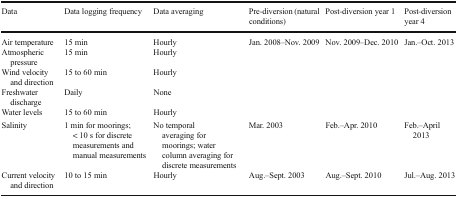
<table><thead><tr><td><b>Data</b></td><td><b>Data logging frequency</b></td><td><b>Data averaging</b></td><td><b>Pre-diversion (natural conditions)</b></td><td><b>Post-diversion year 1</b></td><td><b>Post-diversion year 4</b></td></tr></thead><tbody><tr><td>Air temperature</td><td>15 min</td><td>Hourly</td><td rowspan="5">Jan. 2008–Nov. 2009</td><td rowspan="5">Nov. 2009–Dec. 2010</td><td rowspan="5">Jan.–Oct. 2013</td></tr><tr><td>Atmospheric pressure</td><td>15 min</td><td>Hourly</td></tr><tr><td>Wind velocity and direction</td><td>15 to 60 min</td><td>Hourly</td></tr><tr><td>Freshwater discharge</td><td>Daily</td><td>None</td></tr><tr><td>Water levels</td><td>15 to 60 min</td><td>Hourly</td></tr><tr><td>Salinity</td><td>1 min for moorings; &lt; 10 s for discrete measurements and manual measurements</td><td>No temporal averaging for moorings; water column averaging for discrete measurements</td><td>Mar. 2003</td><td>Feb.–Apr. 2010</td><td>Feb.–April 2013</td></tr><tr><td>Current velocity and direction</td><td>10 to 15 min</td><td>Hourly</td><td>Aug.–Sept. 2003</td><td>Aug.–Sept. 2010</td><td>Jul.–Aug. 2013</td></tr></tbody></table>